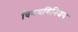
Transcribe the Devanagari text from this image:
विनयविनिश्चय